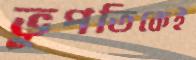
ভূপতিকেই